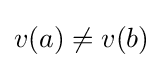
v(a)\neq v(b)